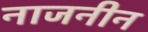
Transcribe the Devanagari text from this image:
नाजनीन